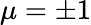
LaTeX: \mu=\pm 1